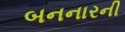
બનનારની